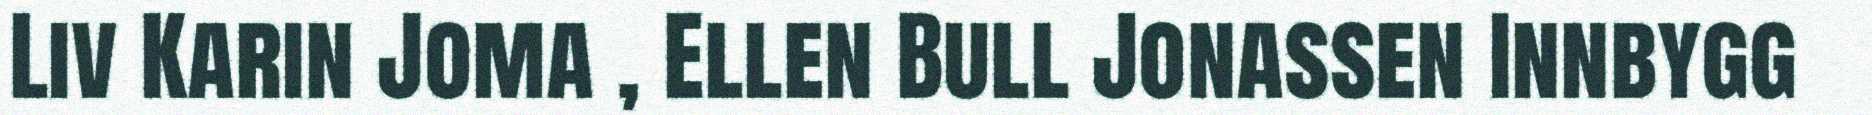
Liv Karin Joma , Ellen Bull Jonassen Innbygg